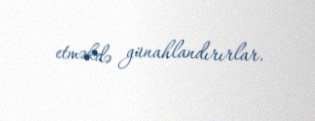
etməkdə günahlandırırlar.